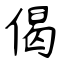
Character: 偈